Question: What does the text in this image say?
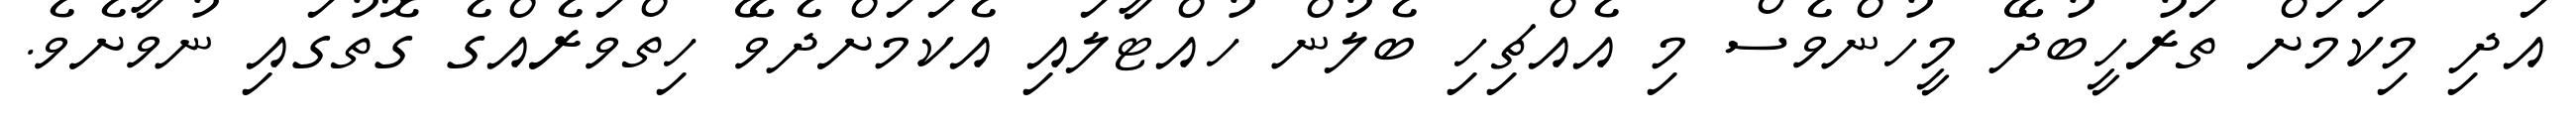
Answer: އަދި މިކަމަށް ތަރުހީބުދޭ މީހުންވެސް މި އެއްޗިހި ބެލުން ހުއްޓާލައި އެކަމަށްދެވޭ ހިތްވަރެއްގެ ގޮތުގައި ނުވާށެވެ.